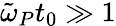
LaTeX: \tilde{\omega}_{P}t_{0}\gg 1